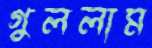
গুললাম